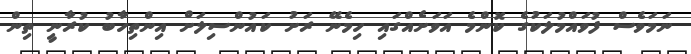
ނަމަވެސް ފުވައްމުލަކުގެ ކޮންމެ އަވަށެއްގައި ހިމެނޭ ރަށު ކައުންސިލަށް އިންތިހާބު ކުރާނީ ތިން